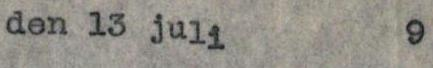
den 13 juli 9